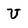
Character: U